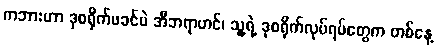
ကဘားဟာ ဒုစရိုက်ဖခင်ပဲ အီဘရာဟင်၊ သူ့ရဲ့ ဒုစရိုက်လုပ်ရပ်တွေက တစ်နေ့